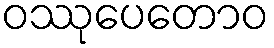
ဝဿုပေတောဝ